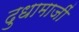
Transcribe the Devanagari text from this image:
दुधामाजीं